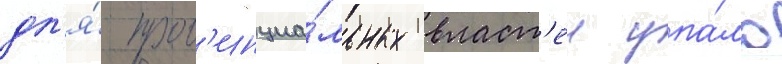
дл'я́ пров'инциа́льных власт'еи упа́ло